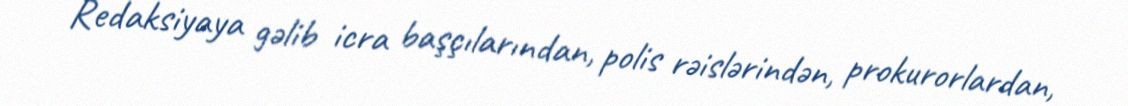
Redaksiyaya gəlib icra başçılarından, polis rəislərindən, prokurorlardan,